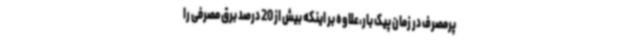
پرمصرف در زمان پیک بار،علاوه بر اینکه بیش از 20 درصد برق مصرفی را